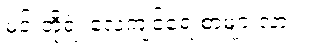
မင်းတို့ရဲ့ လေ့ကျင့်ရေးစာများလား။